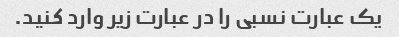
یک عبارت نسبی را در عبارت زیر وارد کنید.